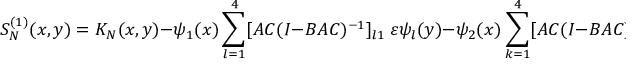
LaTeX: S _ { N } ^ { ( 1 ) } ( x , y ) = K _ { N } ( x , y ) - \psi _ { 1 } ( x ) \sum _ { l = 1 } ^ { 4 } [ A C ( I - B A C ) ^ { - 1 } ] _ { l 1 } \ \varepsilon \psi _ { l } ( y ) - \psi _ { 2 } ( x ) \sum _ { k = 1 } ^ { 4 } [ A C ( I - B A C ) ^ { - 1 } ] _ { k 2 } \ \varepsilon \psi _ { k } ( y ) ,